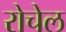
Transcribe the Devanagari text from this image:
रोचेल